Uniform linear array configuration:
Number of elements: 16
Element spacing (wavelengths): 1
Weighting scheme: cosine
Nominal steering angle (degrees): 0
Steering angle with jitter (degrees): -1.61
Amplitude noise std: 0.05
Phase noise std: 0.05

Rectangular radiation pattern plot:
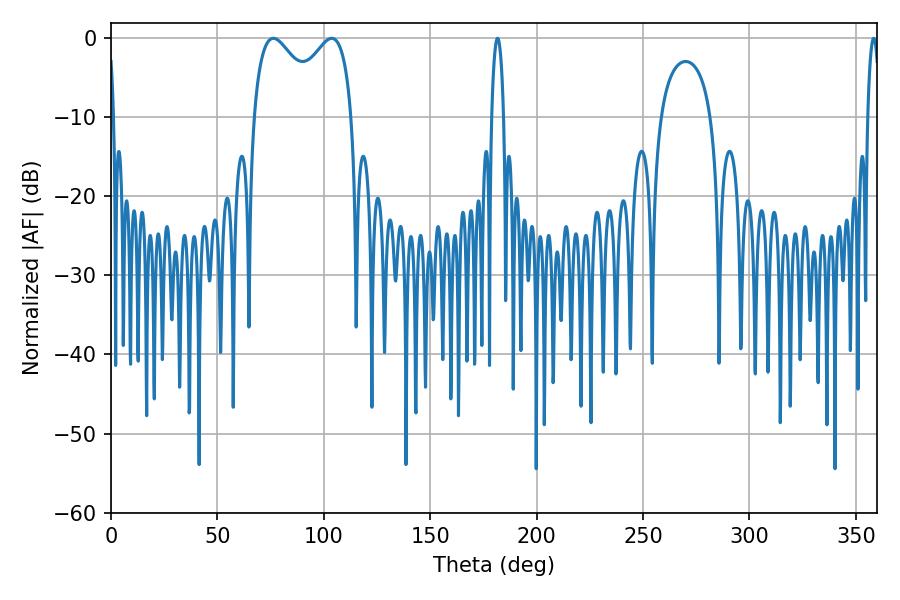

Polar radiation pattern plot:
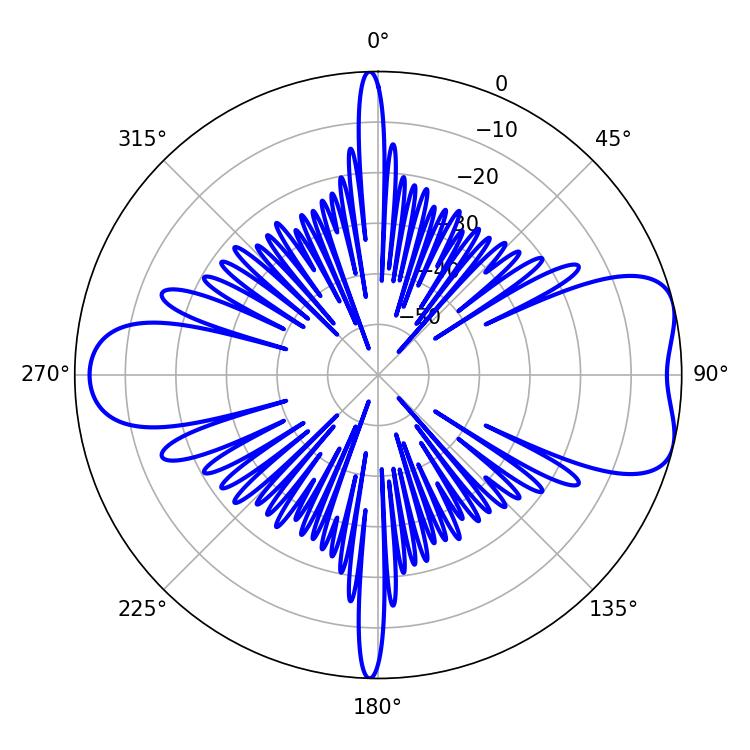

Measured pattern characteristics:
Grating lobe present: TRUE
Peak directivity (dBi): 7.189
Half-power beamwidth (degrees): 38.88
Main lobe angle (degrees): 76.32